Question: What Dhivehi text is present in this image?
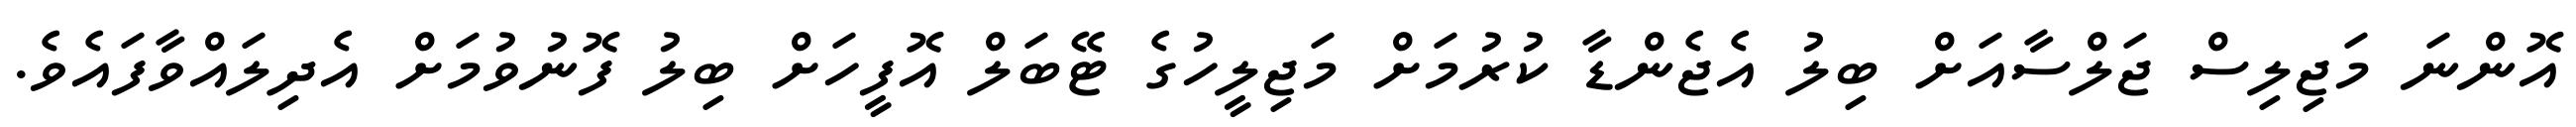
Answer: އޮންނަ މަޖިލިސް ޖަލްސާއަށް ބިލު އެޖެންޑާ ކުރުމަށް މަޖިލީހުގެ ޓޭބަލް އޮފީހަށް ބިލު ފޮނުވުމަށް އެދިލައްވާފައެވެ.